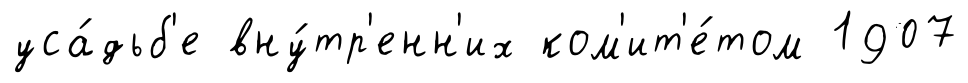
уса́дьб'е вну́тр'енн'их ком'ит'е́том 1907